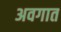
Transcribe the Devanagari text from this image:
अवगात